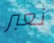
نعبر